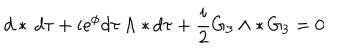
d * \, d \tau + i \mathrm { e } ^ { \phi } d \tau \wedge * \, d \tau + \frac { i } { 2 } G _ { 3 } \wedge * \, G _ { 3 } = 0